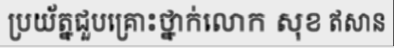
ប្រយ័ត្នជួបគ្រោះថ្នាក់លោក សុខ ឥសាន